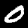
Label: 0